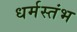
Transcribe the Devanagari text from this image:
धर्मस्तंभ